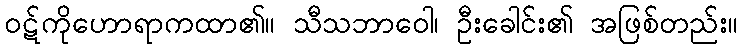
ဝဋ်ကိုဟောရာကထာ၏။ သီသဘာဝေါ၊ ဦးခေါင်း၏ အဖြစ်တည်း။